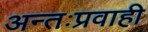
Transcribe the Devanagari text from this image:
अन्तःप्रवाही